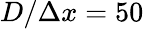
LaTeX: D/\Delta x=50